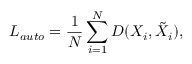
L _ { a u t o } = \frac { 1 } { N } \sum _ { i = 1 } ^ { N } { D ( X _ { i } , \tilde { X } _ { i } ) } ,